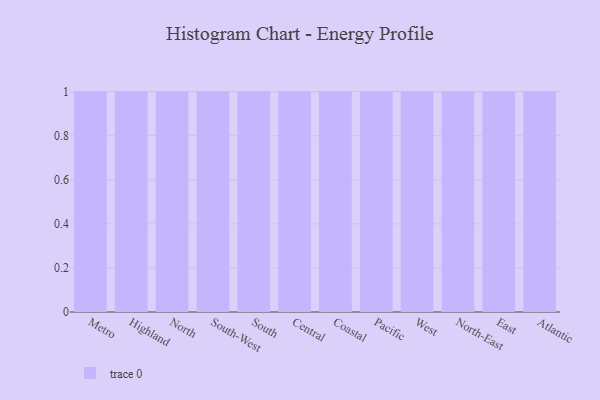
{"axis": {"x": "Region", "y": "Inventory Turnover"}, "legend": [""], "data": [{"x": "Metro", "y": 10, "type": ""}, {"x": "Highland", "y": 95, "type": ""}, {"x": "North", "y": 88, "type": ""}, {"x": "South-West", "y": 75, "type": ""}, {"x": "South", "y": 76, "type": ""}, {"x": "Central", "y": 23, "type": ""}, {"x": "Coastal", "y": 6, "type": ""}, {"x": "Pacific", "y": 93, "type": ""}, {"x": "West", "y": 85, "type": ""}, {"x": "North-East", "y": 20, "type": ""}, {"x": "East", "y": 44, "type": ""}, {"x": "Atlantic", "y": 86, "type": ""}]}